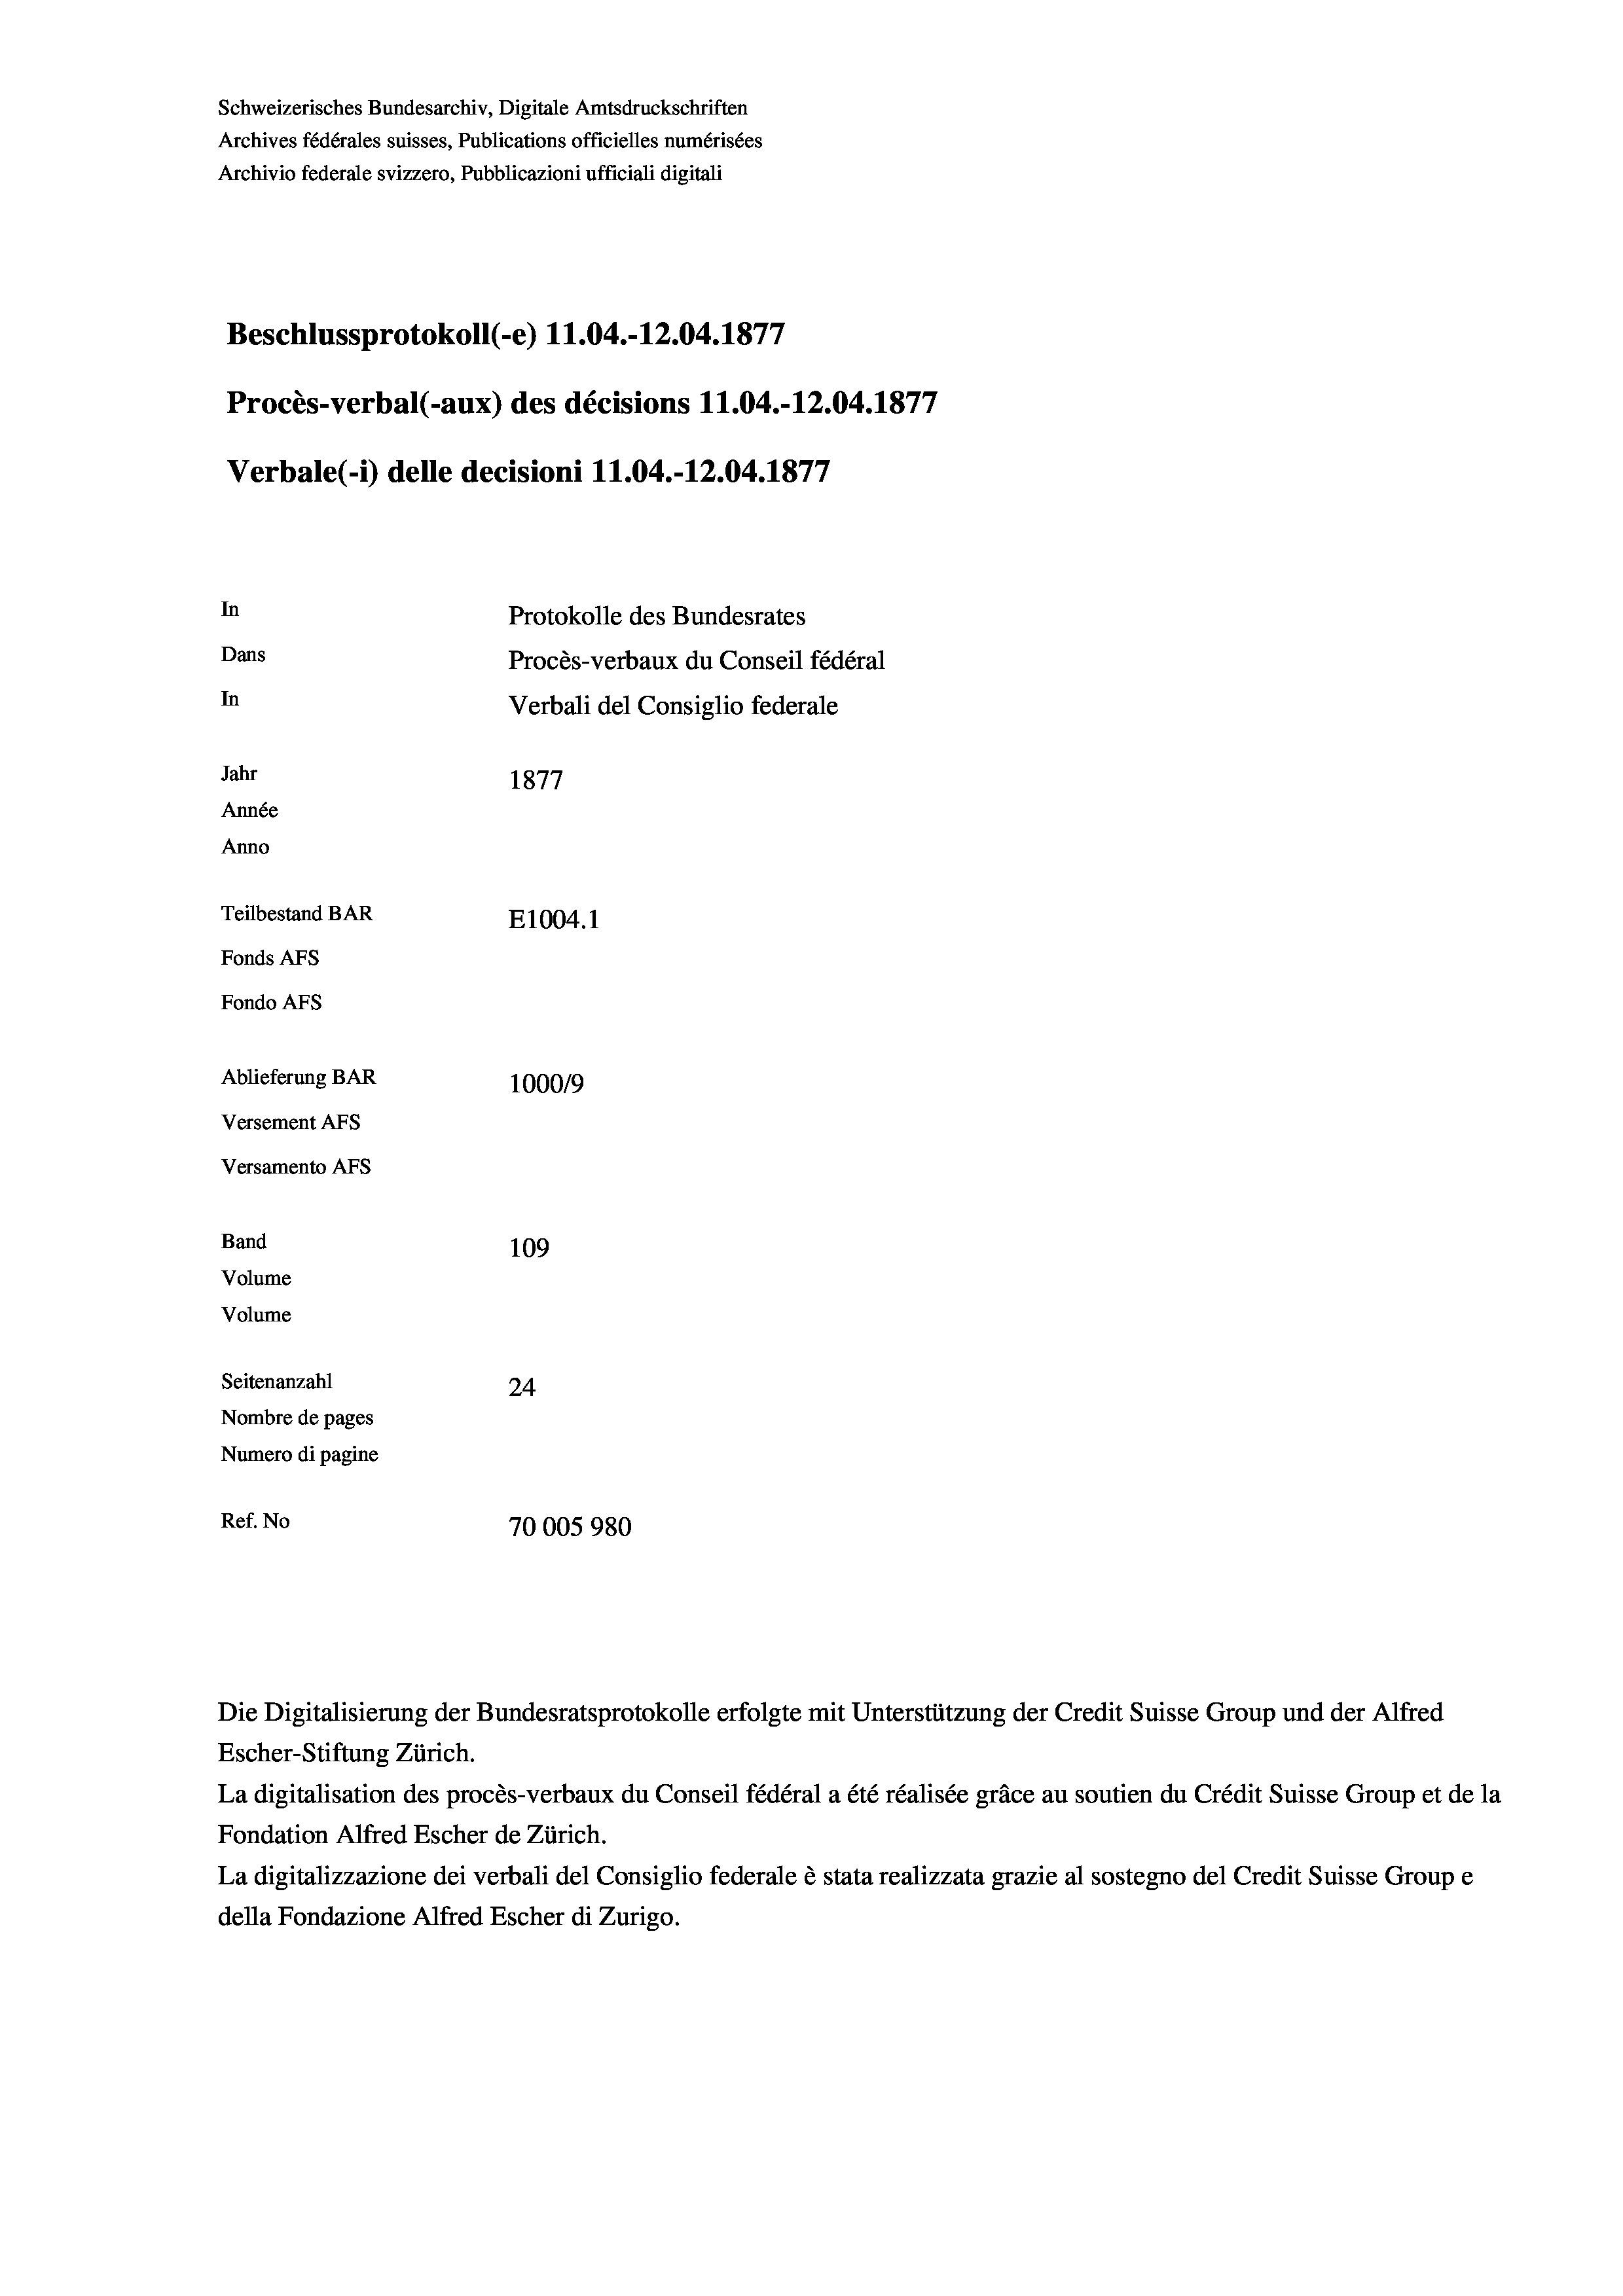
Schweizerisches Bundesarchiv, Digitale Amtsdruckschriften
Archives fédérales suisses, Publications officielles numérisées
Archivio federale svizzero, Pubblicazioni ufficiali digitali
Beschlussprotokoll (-e) 11.04.-12.04. 1877
Procès-verbal (-aux) des décisions 11.04.-12.04. 1877
Verbale (- 1) delle decisioni 11.04.-12.04. 1877
In
Protokolle des Bundesrates
Dans
Procès-verbaux du Conseil fédéral
In
Verbali del Consiglio federale
Jahr
1877
Année
Anno
Teilbestand BAR
E1004. 1
Fonds AFs
Fondo AFs
Ablieferung BAR
1000/9
Versement AFs
Versamento AFS
Band
109

Volume
Volume
Seitenanzahl
24
Nombre de pages
Numero di pagine
Ref. No
70005980

Escher-Stiftung Zürich.
La digitalisation des procès-verbaux du Conseil fédéral a été réalisée gräce au soutien du Crédit Suisse Group et de la
Fondation Alfred Escher de Zürich.
La digitalizzazione dei verbali del Consiglio federale è stata realizzata grazie al sostegno del Credit Suisse Groupe
della Fondazione Alfred Escher di Zurigo.

Die Digitalisierung der Bundesratsprotokolle erfolgte mit Unterstützung der Credit Suisse Group und der Alfred